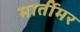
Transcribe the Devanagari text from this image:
मार्तीमर